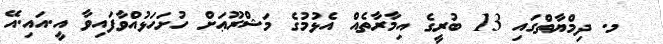
_ މ. ދިމްޔާތްގައި 13 ބުރީގެ އިމާރާތެއް އެޅުމުގެ މަޝްރޫޢަށް ހުށަހަޅުއްވާފައިވާ އީ.އައި.އޭ